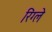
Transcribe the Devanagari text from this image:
रिंग्ले